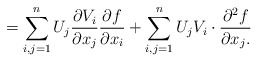
\begin{align*} = \sum_{i,j = 1}^n U_j \frac{\partial V_i}{\partial x_j}\frac{\partial f}{\partial x_i} + \sum_{i,j = 1}^n U_j V_i\cdot\frac{\partial^2f}{\partial x_j.}\end{align*}